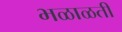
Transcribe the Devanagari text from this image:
भळाळती